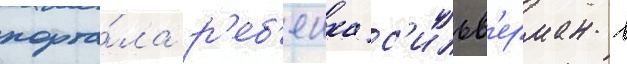
порта́ла р'еб'екка с'ильв'ерман в